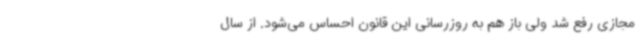
مجازی رفع شد ولی باز هم به ‌روزرسانی این قانون احساس می‌شود. از سال